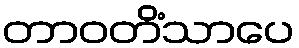
တာဝတိံသာပေ